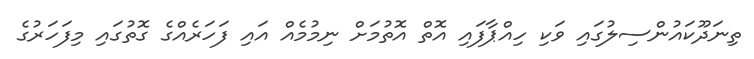
ތިނަދޫކައުންސިލުގައި ވަކި ހިއްޕާފައި އޮތް އޮތުމަށް ނިމުމެއް އައި ފަހަރެއްގެ ގޮތުގައި މިފަހަރުގެ